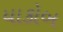
યાકોબ